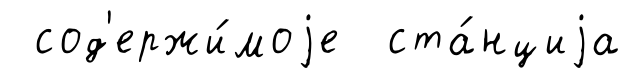
сод'ержи́моjе ста́нциjа